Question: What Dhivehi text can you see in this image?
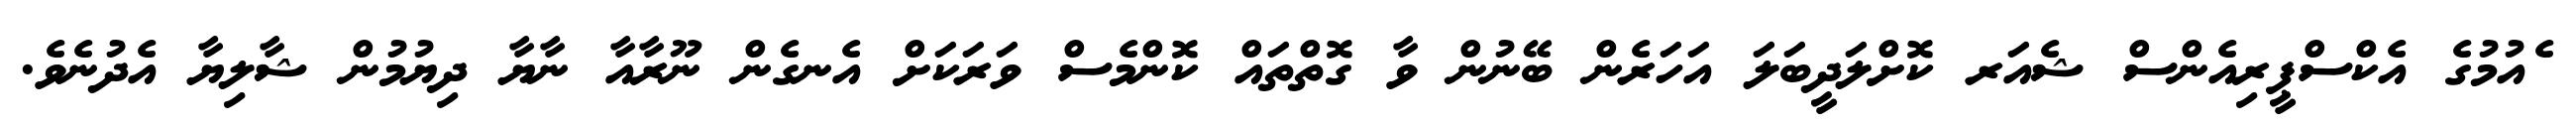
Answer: ެއުމުގެ އެކްސްޕީރިއެންސް ޝެއަރ ކޮށްލަދީބަލަ އަހަރެން ބޭނުން ވާ ގޮތްތައް ކޮންމެސް ވަރަކަށް އެނގެން ނޫރާއާ ނާޔާ ދިޔުމުން ޝާލިޔާ އެދުނެވެ.